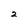
Character: 2